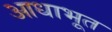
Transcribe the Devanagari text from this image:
आधाभूत